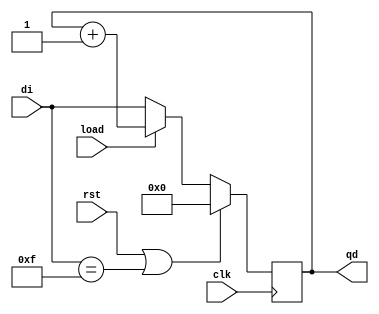
module counter(
    input clk,rst,load,
    input [3:0] di,
    output reg [3:0] qd
);

always @(posedge clk) begin
    if(rst | di == 4'b1111)
        qd <= 4'b0000;
    else if(!load)
        qd <= di;
    else 
        qd <= qd + 1;
end

endmodule